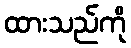
ထားသည်ကို